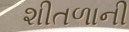
શીતળાની